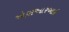
એસઆરઆઇ